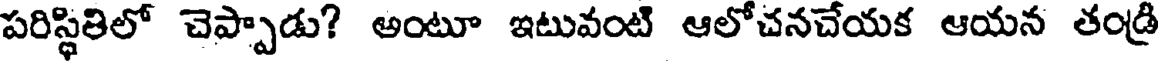
పరిస్థితిలో చెప్పాడు? అంటూ ఇటువంటి ఆలోచనచేయక ఆయన తండ్రి